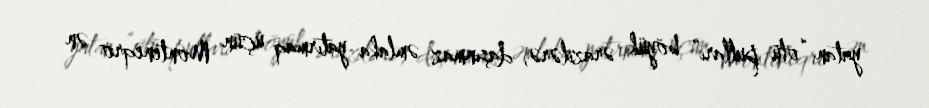
yatan “ölü pulları” böyük ərazilərə, daşınmaz əmlaka yatırmaq üçün Monteneqro ən